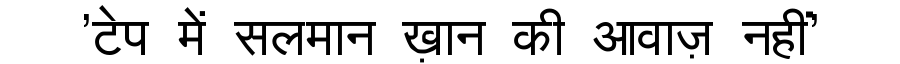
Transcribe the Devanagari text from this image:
'टेप में सलमान ख़ान की आवाज़ नहीं'